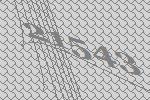
21543